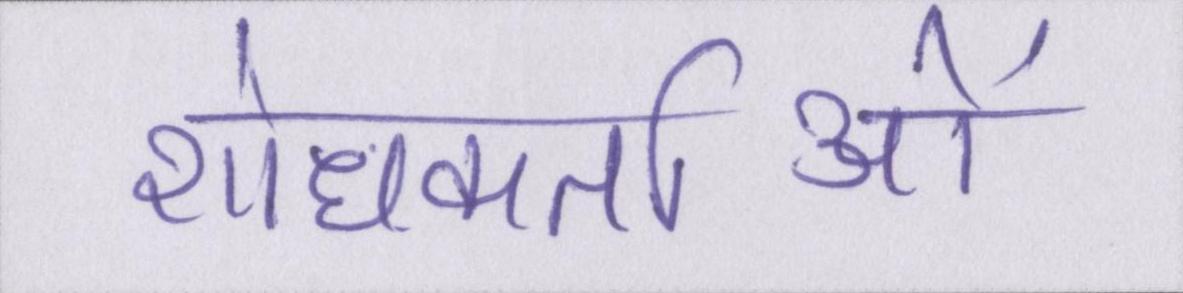
शोधकर्ताओं